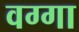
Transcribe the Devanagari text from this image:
वग्गा